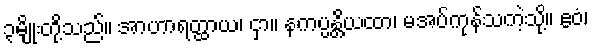
၃မျိုးတို့သည်။ အာဟာရတ္ထာယ၊ ငှာ။ နကပ္ပန္တိယထာ၊ မအပ်ကုန်သကဲ့သို့။ ဧဝံ၊